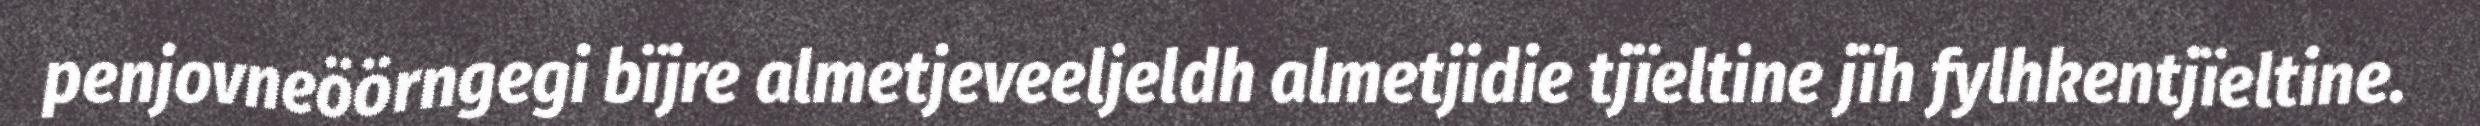
penjovneöörngegi bïjre almetjeveeljeldh almetjidie tjïeltine jïh fylhkentjïeltine.